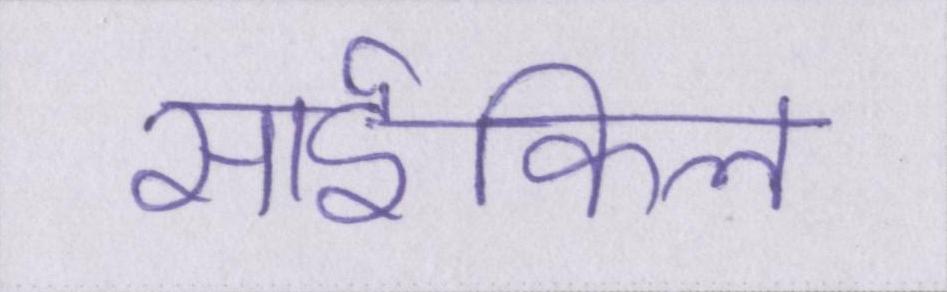
साईकिल